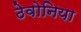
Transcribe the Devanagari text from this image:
ठेवोनिया